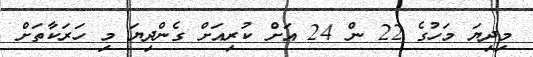
މިދިޔަ މަހުގެ 22 ން 24 އަށް ކުރިއަށް ގެންދިޔަ މި ހަރަކާތަށް